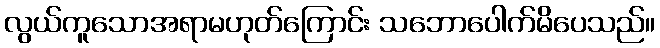
လွယ်ကူသောအရာမဟုတ်ကြောင်း သဘောပေါက်မိပေသည်။